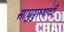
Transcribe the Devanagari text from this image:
साधुपुरुषाची